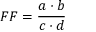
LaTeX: F F = { \frac { a \cdot b } { c \cdot d } }